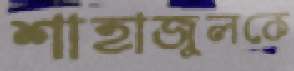
শাহাজুলকে